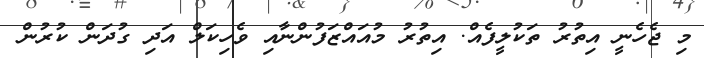
މި ޖެހެނީ އިތުރު ތަކުލީފެއް. އިތުރު މުއައްޒަފުންނާއި ވެހިކަލް އަދި ގުދަން ކުރުން